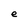
Character: e